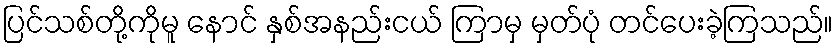
ပြင်သစ်တို့ကိုမူ နောင် နှစ်အနည်းငယ် ကြာမှ မှတ်ပုံ တင်ပေးခဲ့ကြသည်။